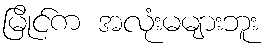
မြိုင်က အလုံးမများဘူး